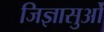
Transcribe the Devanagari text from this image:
जिज्ञासुओं